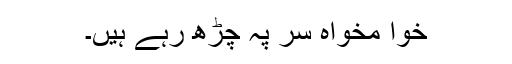
خوا مخواہ سر پہ چڑھ رہے ہیں۔